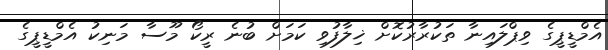
އެމްޑީޕީގެ ވިޕްލައިނާ ތަކުރާރުކޮށް ޚިލާފުވި ކަމަށް ބުނެ ރީކޯ މޫސާ މަނިކު އެމްޑީޕީގެ